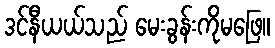
ဒင်နီယယ်သည် မေးခွန်းကိုမဖြေ။